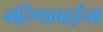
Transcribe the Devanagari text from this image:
बहिणाबाईचा